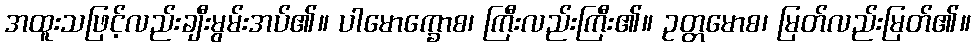
အထူးသဖြင့်လည်းချီးမွမ်းအပ်၏။ ပါမောက္ခောစ၊ ကြီးလည်းကြီး၏။ ဥတ္တမောစ၊ မြတ်လည်းမြတ်၏။